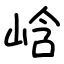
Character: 㟏